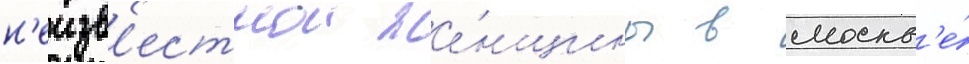
н'еизв'естнои же́нщины в москв'е́